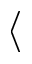
\langle